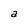
Character: a